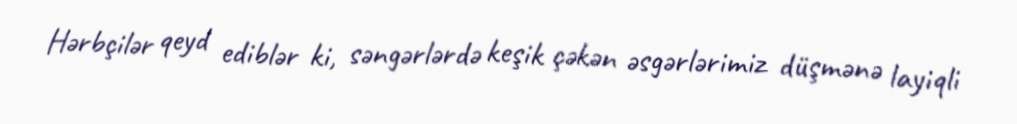
Hərbçilər qeyd ediblər ki, səngərlərdə keşik çəkən əsgərlərimiz düşmənə layiqli